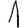
Digit: 1